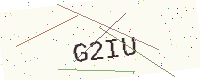
Text: G2IU